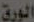
الورق